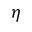
\eta